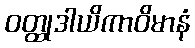
ဝတ္ထုဒါယိကာဝိမာနံ